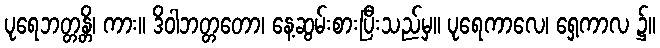
ပုရေဘတ္တန္တိ၊ ကား။ ဒိဝါဘတ္တတော၊ နေ့ဆွမ်းစားပြီးသည်မှ။ ပုရေကာလေ၊ ရှေ့ကာလ ၌။